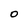
Character: 0